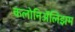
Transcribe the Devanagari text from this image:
कलोनिॲलिझम